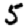
Digit: 5